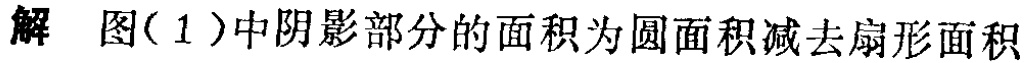
解 图(1)中阴影部分的面积为圆面积减去扇形面积